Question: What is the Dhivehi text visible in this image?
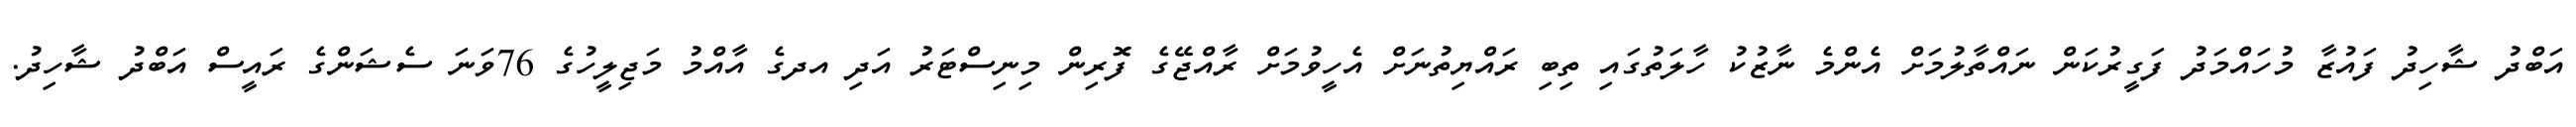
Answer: އަބްދު ޝާހިދު ފައުޒާ މުހައްމަދު ފަގީރުކަން ނައްތާލުމަށް އެންމެ ނާޒުކު ހާލަތުގައި ތިބި ރައްޔިތުނަށް އެހީވުމަށް ރާއްޖޭގެ ފޮރިން މިނިސްޓަރު އަދި އދގެ އާއްމު މަޖިލީހުގެ 76ވަނަ ސެޝަންގެ ރައީސް އަބްދު ޝާހިދު.